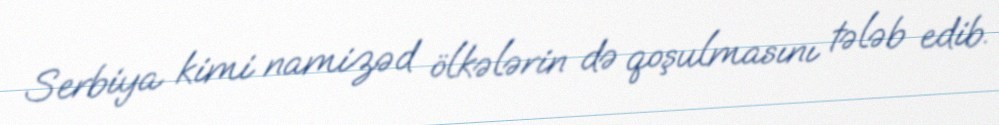
Serbiya kimi namizəd ölkələrin də qoşulmasını tələb edib.